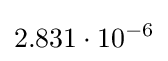
2.831\cdot 10^{-6}